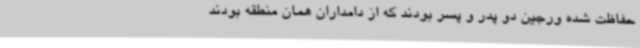
حفاظت شده ورجین دو پدر و پسر بودند که از دامداران همان منطقه بودند